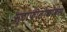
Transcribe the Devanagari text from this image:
स्टाफीलोकोकस